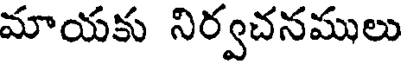
మాయకు నిర్వచనములు